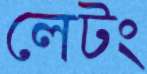
লেটং